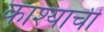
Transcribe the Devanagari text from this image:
काश्याची